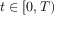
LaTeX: t \in [ 0 , T )